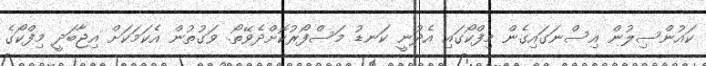
ކައުންސިލުން އިސްނަގައިގެން މިފްކޯގައި އެދުނީ ކަނޑު މަސްފޯރުކޮށްދެވޭތޯ. ވަގުތުން އެކަމަކަށް އިޖާބަދީ މިފްކޯގެ